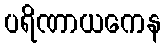
ပရိဏာယကေန